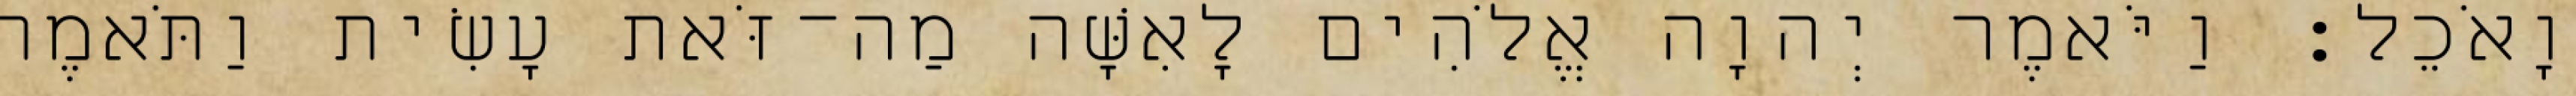
וָאֹכֵל׃ וַיֹּאמֶר יְהוָה אֱלֹהִים לָאִשָּׁה מַה־זֹּאת עָשִׂית וַתֹּאמֶר